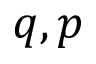
q , p